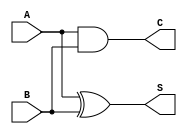
module threshold_half_adder (
    input wire A,  // First binary input
    input wire B,  // Second binary input
    output wire S, // Sum output
    output wire C  // Carry output
);

// Logic for Sum (S) and Carry (C) outputs
assign S = (A ^ B);  // Sum: S = A XOR B
assign C = (A & B);  // Carry: C = A AND B

endmodule